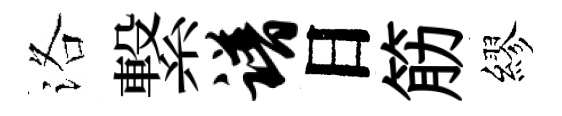
洛繋谱日筋繆